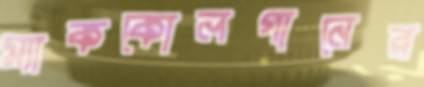
ম্যাককোলগানের